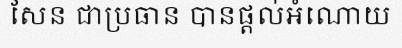
សែន ជាប្រធាន បានផ្តល់អំណោយ